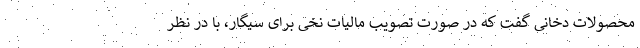
محصولات دخانی گفت که در صورت تصویب مالیات نخی برای سیگار، با در نظر